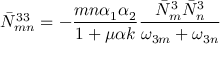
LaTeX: \bar { N } _ { m n } ^ { 3 3 } = - { \frac { m n \alpha _ { 1 } \alpha _ { 2 } } { 1 + \mu \alpha k } } { \frac { \bar { N } _ { m } ^ { 3 } \bar { N } _ { n } ^ { 3 } } { \omega _ { 3 m } + \omega _ { 3 n } } }